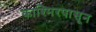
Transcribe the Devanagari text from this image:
काश्मिरपासून